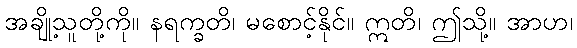
အချို့သူတို့ကို။ နရက္ခတိ၊ မစောင့်နိုင်။ ဣတိ၊ ဤသို့။ အာဟ၊